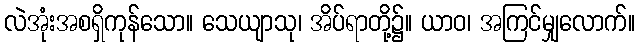
လဲအုံးအစရှိကုန်သော။ သေယျာသု၊ အိပ်ရာတို့၌။ ယာဝ၊ အကြင်မျှလောက်။